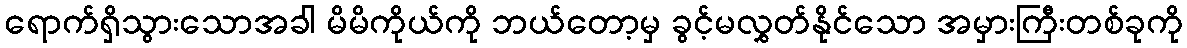
ရောက်ရှိသွားသောအခါ မိမိကိုယ်ကို ဘယ်တော့မှ ခွင့်မလွှတ်နိုင်သော အမှားကြီးတစ်ခုကို